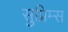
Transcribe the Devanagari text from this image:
सुप्रिम्स